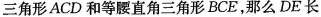
三角形ACD和等腰直角三角形BCE，那么DE长